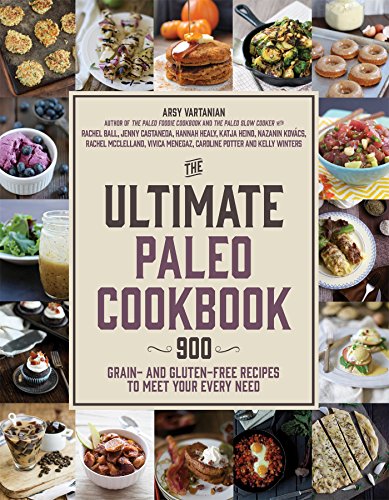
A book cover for The Ultimate Paleo Cookbook: 900 Grain- and Gluten-Free Recipes to Meet Your Every Need; Arsy Vartanian; Cookbooks, Food & Wine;